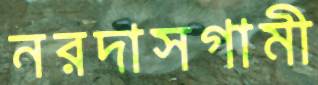
নরদাসগামী